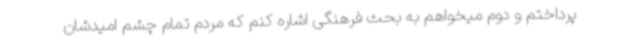
پرداختم و دوم میخواهم به بحث فرهنگی اشاره کنم که مردم تمام چشم امیدشان